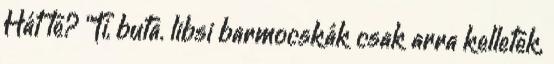
Hát te? "Ti, buta. libsi barmocskák csak arra kelletek,